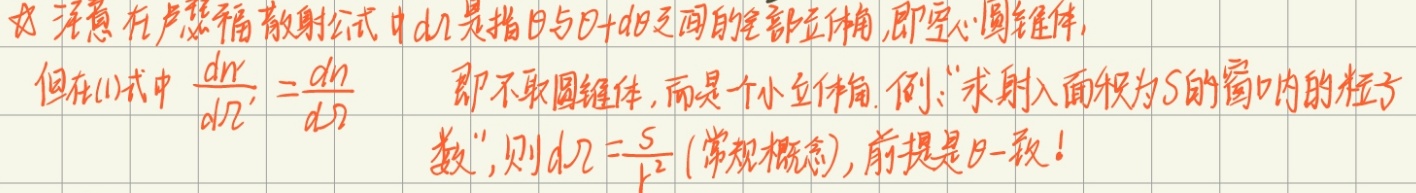
* 注意在卢瑟福散射公式中 \(d\Omega\) 是指 \(\theta\) 与 \(\theta + d\theta\) 之间的全部立体角，即空心圆锥体，但在(1)式中 \(\frac{d\sigma}{d\Omega'}=\frac{d\sigma}{d\Omega}\)，即不取圆锥体，而是一个小红体角。例：“求射入面积为 \(S\) 的窗口内的粒子数”，则 \(d\Omega=\frac{S}{r^{2}}\) (常规概念)，前提是 \(\theta\) 一致！